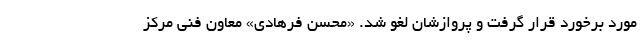
مورد برخورد قرار گرفت و پروازشان لغو شد. «محسن فرهادی» معاون فنی مرکز